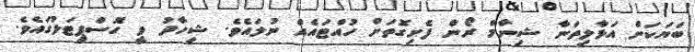
ބަޔަކަށް އަޅާލިތަނާ ޝިނާމް ރޯން ފެށިގޮތަށް ހުއްޓައެއް ނުލައެވެ. ޝިހާދު ވީ ހޮސްޕިޓަލުގައެވެ.